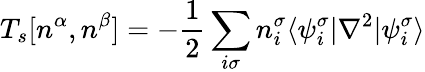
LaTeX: T_{s}[n^{\alpha},n^{\beta}]=-\frac{1}{2}\sum_{i\sigma}n_{i}^{\sigma}\langle\psi_{i}^{\sigma}|\nabla^{2}|\psi_{i}^{\sigma}\rangle